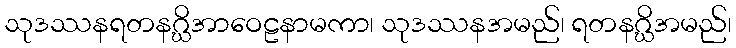
သုဒဿနရတနဂ္ဃိအာဝေဠနာမကာ၊ သုဒဿနအမည်၊ ရတနဂ္ဃိအမည်၊